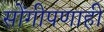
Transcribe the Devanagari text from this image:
सोंगीपणाही